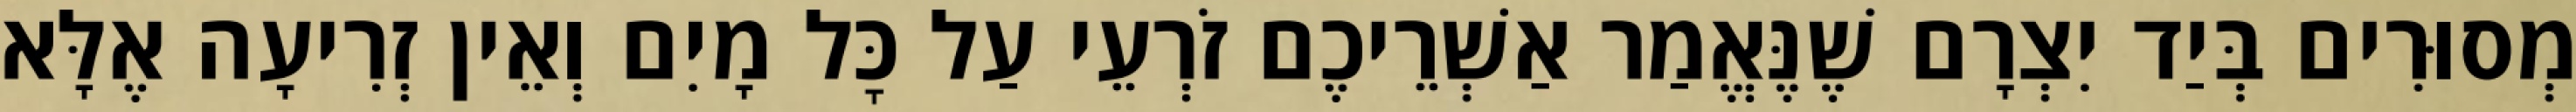
מְסוּרִים בְּיַד יִצְרָם שֶׁנֶּאֱמַר אַשְׁרֵיכֶם זֹרְעֵי עַל כׇּל מָיִם וְאֵין זְרִיעָה אֶלָּא